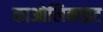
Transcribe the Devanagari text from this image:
काओलिनाइट